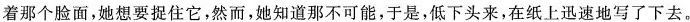
着那个脸面。她想要捉住它，然而，道那不可能，于是，低下头来，在纸上迅速地写了下去。